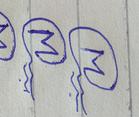
Signature authenticity: genuine